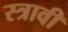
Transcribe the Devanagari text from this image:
स्त्रावी